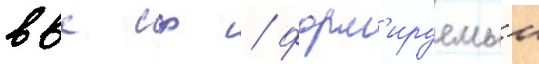
ввс сф / форм'ируемыи